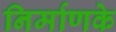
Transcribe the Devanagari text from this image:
निर्माणके